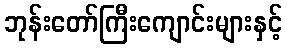
ဘုန်းတော်ကြီးကျောင်းများနှင့်